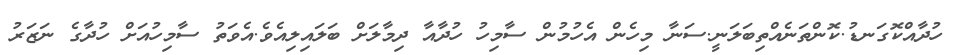
ހުދާއްކޮގަނޑު.ކޮންތަނެއްތިބަލަނީ.ސަނާ މިހެން އެހުމުން ސާމިހު ހުދާއާ ދިމާލަށް ބަލައިލިއެވެ.އެވަތު ސާމިހުއަށް ހުދާގެ ނަޒަރު